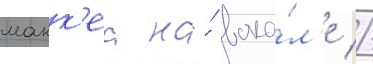
макк'еа на́ вока́л'е //